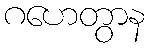
ဂဟေတွာန